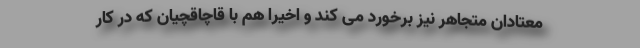
معتادان متجاهر نیز برخورد می کند و اخیرا هم با قاچاقچیان که در کار